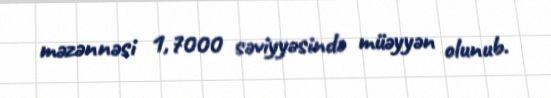
məzənnəsi 1,7000 səviyyəsində müəyyən olunub.